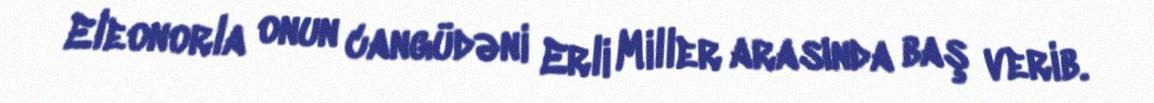
Eleonorla onun cangüdəni Erli Miller arasında baş verib.